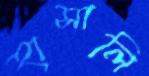
হাসালি